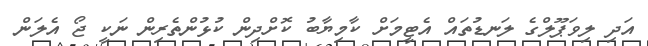
އަދި ލިވަޕޫލްގެ ލަނޑުތައް އެޓީމަށް ކާމިޔާބު ކޮށްދިން ކުޅުންތެރިން ނަކީ ޖޯ އެލަން